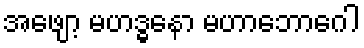
အဖျော့ မဟဒ္ဓနော မဟာဘောဂေါ